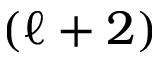
( \ell + 2 )